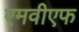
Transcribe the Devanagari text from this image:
एमवीएफ